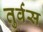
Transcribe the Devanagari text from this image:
तुर्वस